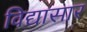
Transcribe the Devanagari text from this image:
विद्यासार